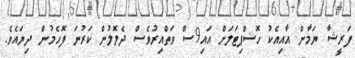
ފަރީޝާ ޔަމާން އާއިއެކު ހޮސްޕިޓަލަށް އައި9ސް ވަތްއިރުވެސް ދެލޮލުން ކަރުނަ ފޮހެމުން ދިޔައެވެ.